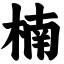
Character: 楠